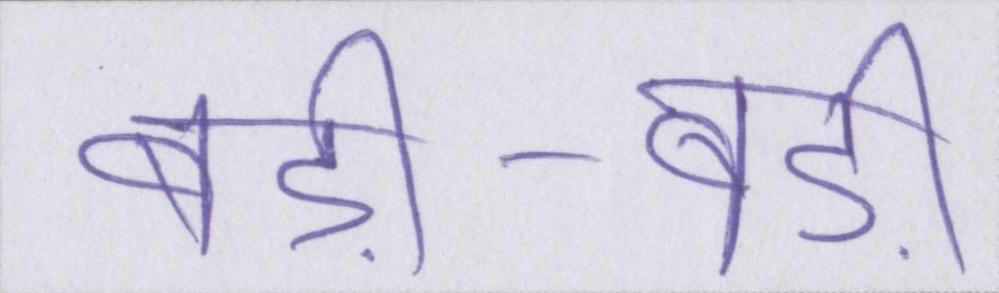
बड़ी-बड़ी